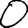
Digit: 0